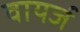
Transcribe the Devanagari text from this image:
वायर्ज